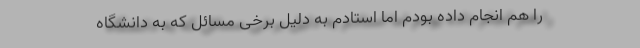
را هم انجام داده بودم اما استادم به دلیل برخی مسائل که به دانشگاه